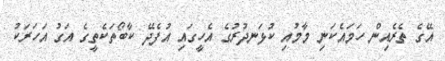
އޭގެ ތެރެއިން ހަމައެކަނި މާމުއި ކުޅަނދުރުގެ އެހީގައި އުފެދޭ ކާބޯތަކެތީގެ އަގު އަހަރަކު